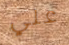
علي